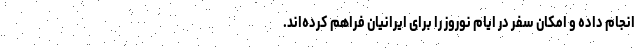
انجام داده و امکان سفر در ایام نوروز را برای ایرانیان فراهم کرده‌اند.